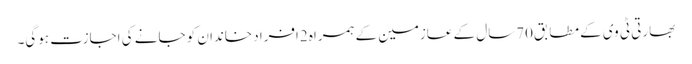
بھارتی ٹی وی کے مطابق70سال کے عازمین کے ہمراہ 2افراد خاندان کو جانے کی اجازت ہوگی۔